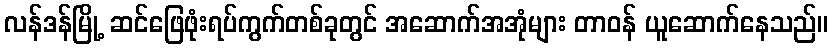
လန်ဒန်မြို့ ဆင်ဖြေဖုံးရပ်ကွက်တစ်ခုတွင် အဆောက်အအုံများ တာဝန် ယူဆောက်နေသည်။